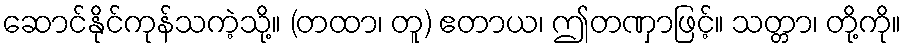
ဆောင်နိုင်ကုန်သကဲ့သို့။ (တထာ၊ တူ) ဧတာယ၊ ဤတဏှာဖြင့်။ သတ္တာ၊ တို့ကို။